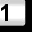
Digit: 1